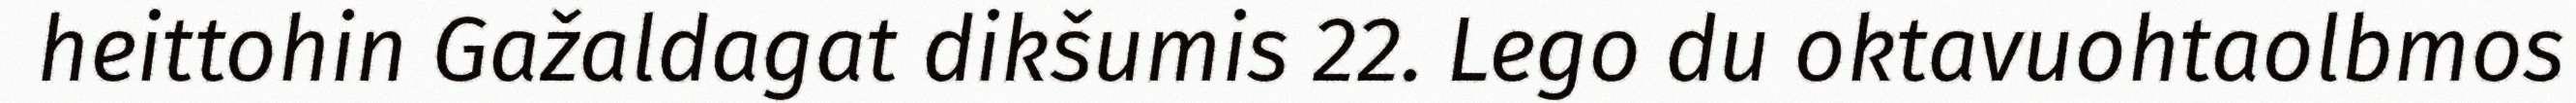
heittohin Gažaldagat dikšumis 22. Lego du oktavuohtaolbmos